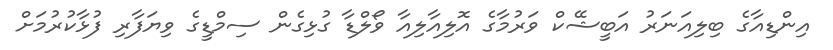
އިންޑިއާގެ ބިލިއަނަރު އަބީޝޭކް ވަރުމާގެ އޮލިއާލިއާ ވޯލްޑާ ގުޅިގެން ސިމްޑީގެ ވިޔަފާރި ފުޅާކުރުމަށް